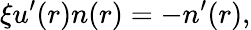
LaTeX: \xi u^{\prime}(r)n(r)=-n^{\prime}(r),